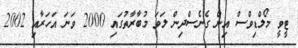
ޓީވީ މޯލްޑިވްސް އިން ގެނެސްދިން ލަވަ މުބާރާތުގައި 2000 ވަނަ އަހަރާއި 2002